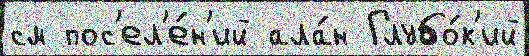
см пос'ел'е́н'ий ала́н Глубо́к'ий